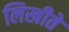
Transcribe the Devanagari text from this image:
लिखीते